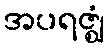
အပရဇ္ဈံ